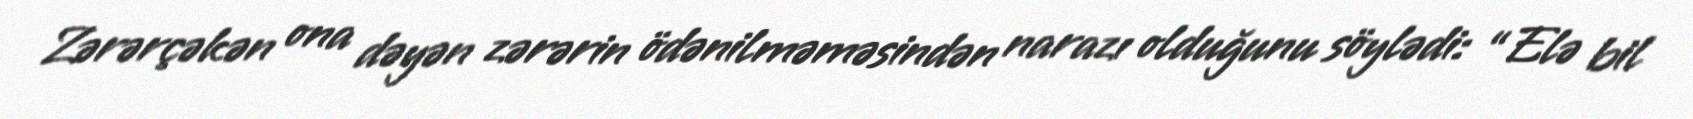
Zərərçəkən ona dəyən zərərin ödənilməməsindən narazı olduğunu söylədi: “Elə bil